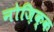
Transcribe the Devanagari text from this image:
नोज़िक्क